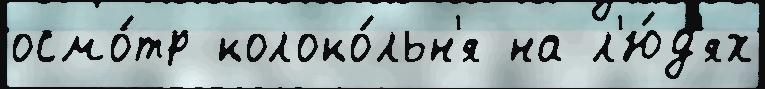
осмо́тр колоко́льн'я на л'ю́д'ях